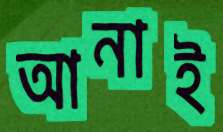
আনাই